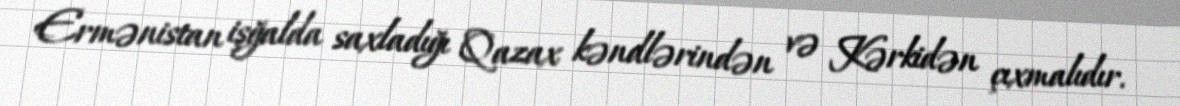
Ermənistan işğalda saxladığı Qazax kəndlərindən və Kərkidən çıxmalıdır.